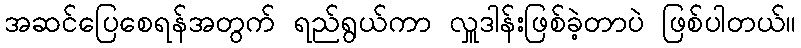
အဆင်ပြေစေရန်အတွက် ရည်ရွယ်ကာ လှူဒါန်းဖြစ်ခဲ့တာပဲ ဖြစ်ပါတယ်။